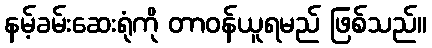
နမ့်ခမ်းဆေးရုံကို တာဝန်ယူရမည် ဖြစ်သည်။